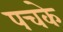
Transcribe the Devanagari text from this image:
पचके